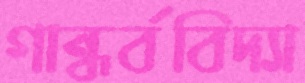
গান্ধর্ববিদ্যা